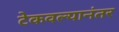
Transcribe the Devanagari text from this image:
टेकवल्यानंतर